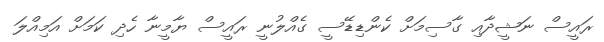
ރައީސް ނަޝީދާއި ގާސިމަށް ކެންޑިޑޭސީ ގެއްލުނީ ރައީސް ޔާމީނާ ހެދި ކަމަށް އަމިއްލަ